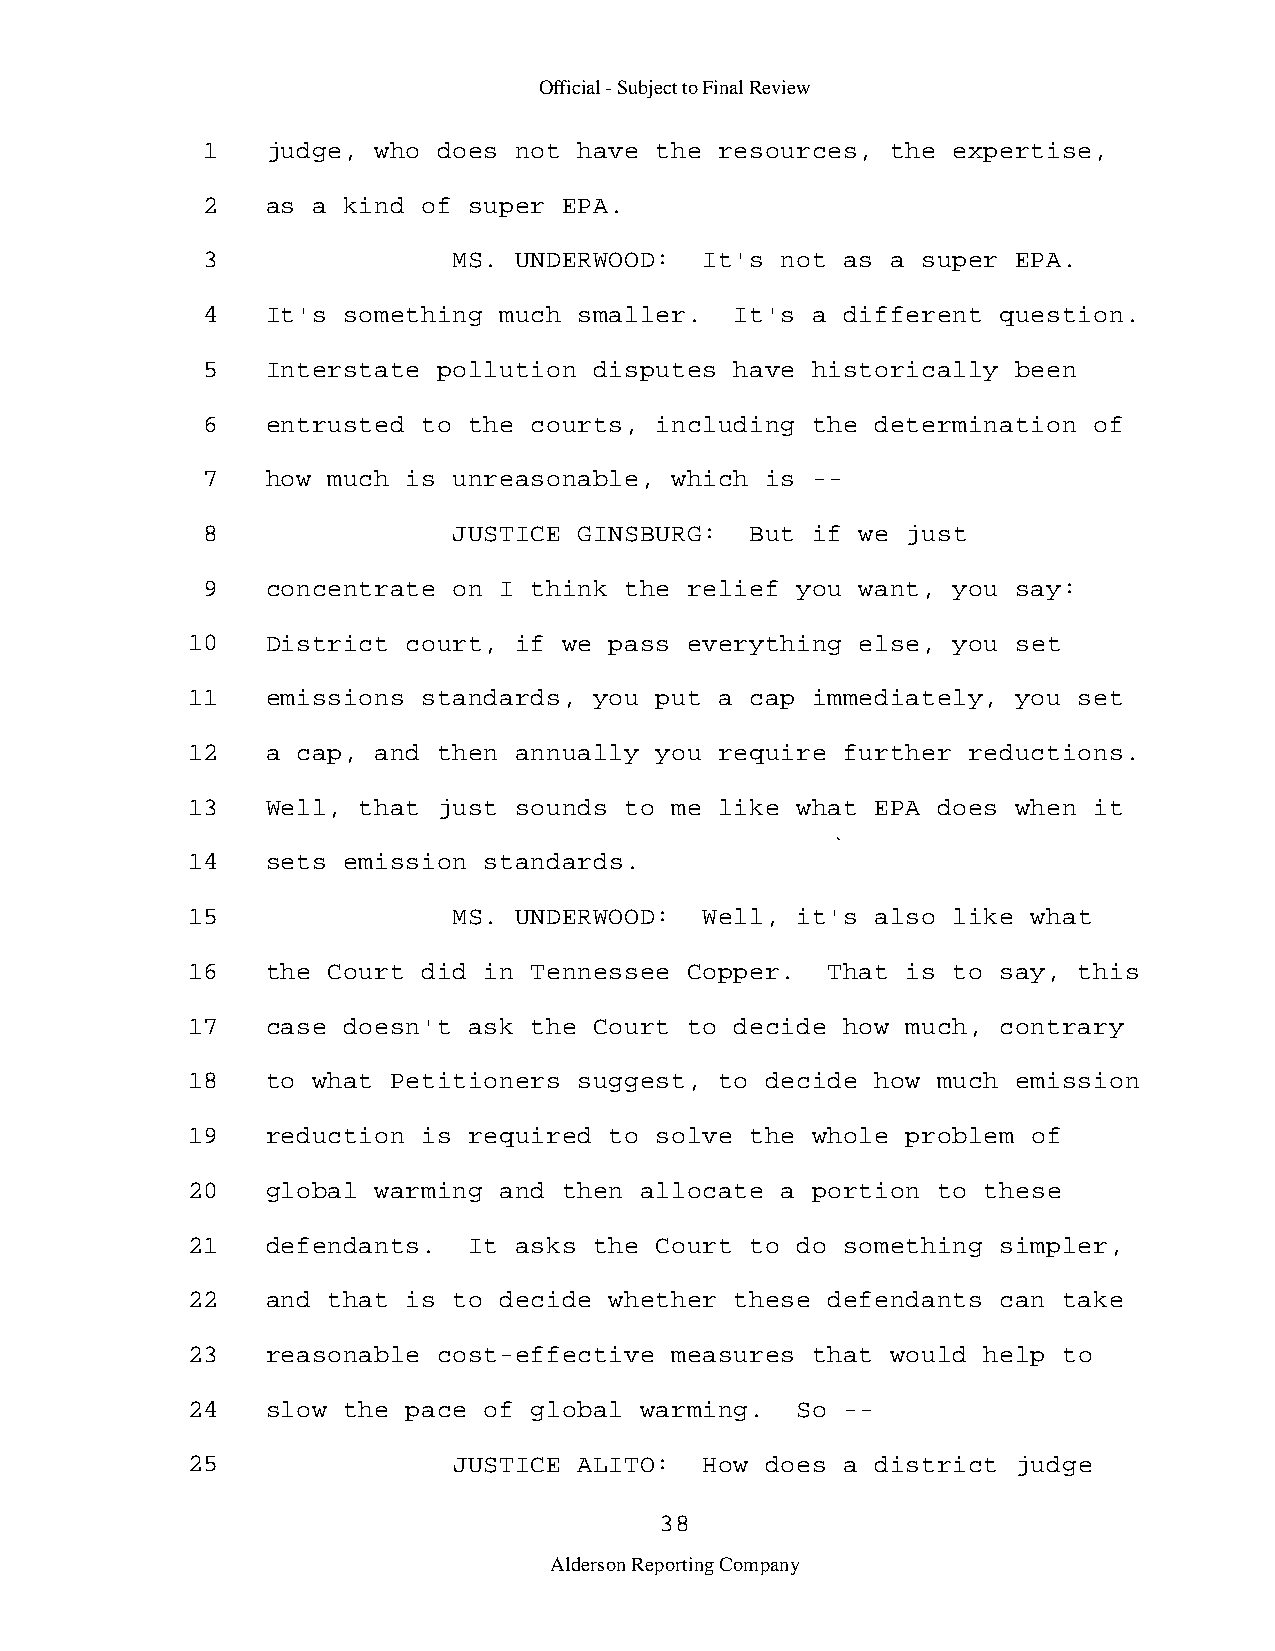
Official - Subject to Final Review
 1    judge, who does not have the  resources, the expertise,
 2    as a kind of super EPA.
 3                MS. UNDERWOOD:   It's not as a super EPA.
 4    It's something much smaller.   It's a different question.
 5    Interstate pollution disputes  have historically been
 6    entrusted to the courts, including  the determination of
 7    how much is unreasonable, which  is -­
 8                JUSTICE GINSBURG:   But if we just
 9    concentrate on I think the  relief you want, you say:
 10    District court, if we pass  everything else, you set
 11    emissions standards, you put  a cap immediately, you set
 12    a cap, and then annually you  require further reductions.
 13    Well, that just sounds to me  like what EPA does when it
 14    sets emission standards.
 15                MS. UNDERWOOD:   Well, it's also like what
 16    the Court did in Tennessee  Copper.  That is to say, this
 17    case doesn't ask the Court  to decide how much, contrary
 18    to what Petitioners suggest,  to decide how much emission
 19    reduction is required to solve  the whole problem of
 20    global warming and then allocate  a portion to these
 21    defendants.  It asks the Court  to do something simpler,
 22    and that is to decide whether  these defendants can take
 23    reasonable cost-effective measures  that would help to
 24    slow the pace of global warming.   So -­
 25                JUSTICE ALITO:   How does a district judge
 38
 Alderson Reporting Company